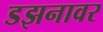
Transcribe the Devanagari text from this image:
डझनावर